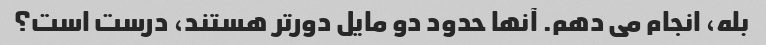
بله، انجام می دهم. آنها حدود دو مایل دورتر هستند، درست است؟